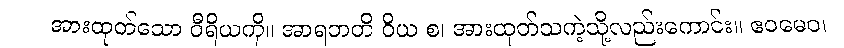
အားထုတ်သော ဝီရိယကို။ အာရဘတိ ဝိယ စ၊ အားထုတ်သကဲ့သို့လည်းကောင်း။ ဧဝမေဝ၊